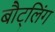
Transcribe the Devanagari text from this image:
बौट्लिंग